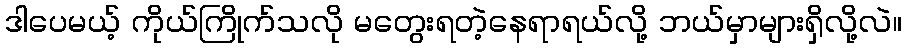
ဒါပေမယ့် ကိုယ်ကြိုက်သလို မတွေးရတဲ့နေရာရယ်လို့ ဘယ်မှာများရှိလို့လဲ။